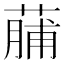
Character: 䔕